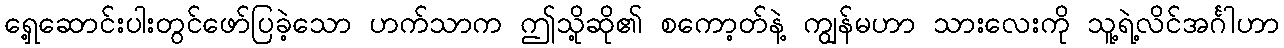
ရှေ့ဆောင်းပါးတွင်ဖော်ပြခဲ့သော ဟက်သာက ဤသို့ဆို၏ စကော့တ်နဲ့ ကျွန်မဟာ သားလေးကို သူ့ရဲ့လိင်အင်္ဂါဟာ